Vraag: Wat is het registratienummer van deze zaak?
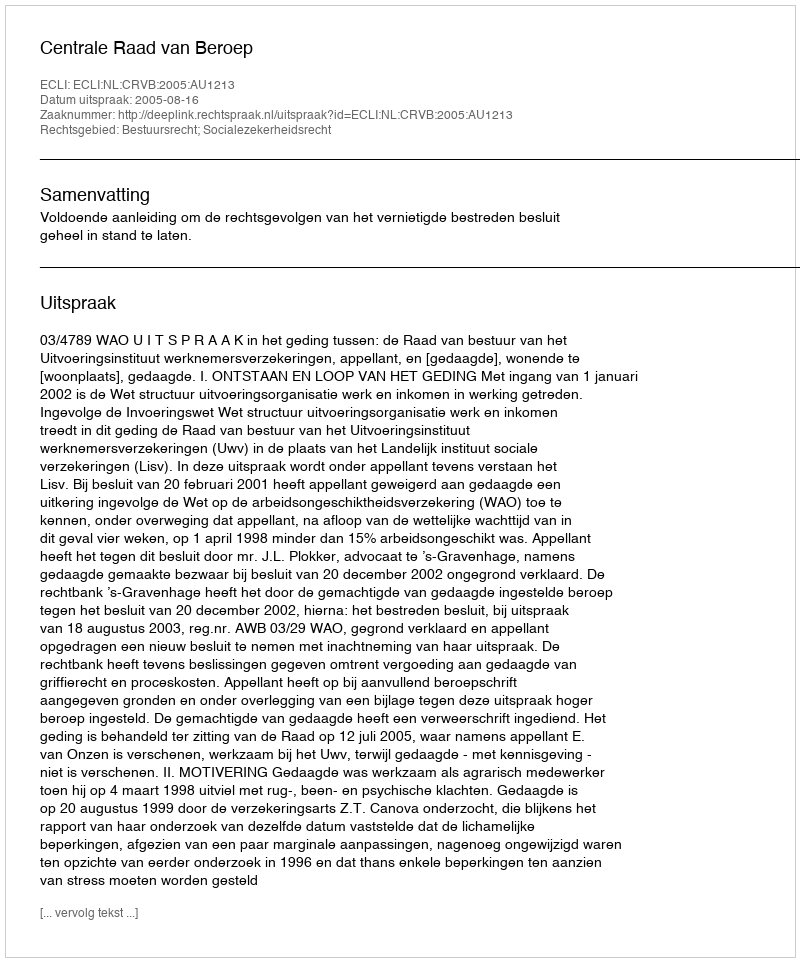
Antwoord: http://deeplink.rechtspraak.nl/uitspraak?id=ECLI:NL:CRVB:2005:AU1213